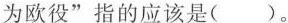
为欧役”指的应该是()。